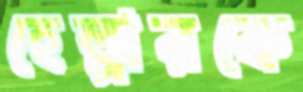
হেল্পারকে